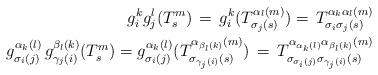
LaTeX: \begin{align*}g_i^kg_j^l(T_s^m)\,=\,g_i^k(T_{\sigma_j(s)}^{\alpha_l(m)})=\,T_{\sigma_i\sigma_j(s)}^{\alpha_k\alpha_l(m)}\\g_{\sigma_i(j)}^{\alpha_k(l)}\,g_{\gamma_j(i)}^{\beta_l(k)}(T_s^m)=g_{\sigma_i(j)}^{\alpha_k(l)}(T_{\sigma_{\gamma_j(i)}(s)}^{\alpha_{\beta_l(k)}(m)})\,=\,T_{\sigma_{\sigma_i(j)}\sigma_{\gamma_j(i)}(s)}^{\alpha_{\alpha_k(l)}\alpha_{\beta_l(k)}(m)}\end{align*}